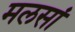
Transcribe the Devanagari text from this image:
मलसां